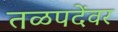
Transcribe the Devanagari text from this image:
तळपदेंवर